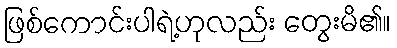
ဖြစ်ကောင်းပါရဲ့ဟုလည်း တွေးမိ၏။